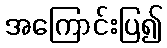
အကြောင်းပြ၍